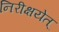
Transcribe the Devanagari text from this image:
निरीक्षयेत्